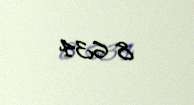
8 634